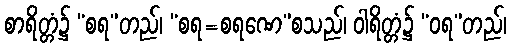
စာရိတ္တံ၌ “စရ”တည်၊ “စရ=စရဏေ”စသည်၊ ဝါရိတ္တံ၌ “ဝရ”တည်၊